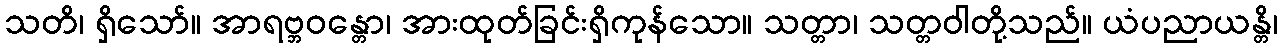
သတိ၊ ရှိသော်။ အာရဗ္ဘဝန္တော၊ အားထုတ်ခြင်းရှိကုန်သော။ သတ္တာ၊ သတ္တဝါတို့သည်။ ယံပညာယန္တိ၊